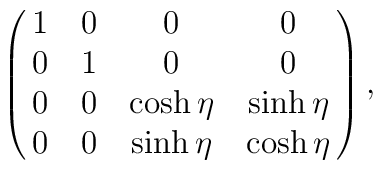
\pmatrix{1&0&0&0\cr0&1&0&0\cr0&0 & \cosh\eta & \sinh\eta\cr0 & 0 & \sinh\eta & \cosh\eta} ,